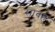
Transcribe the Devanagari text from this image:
साबह